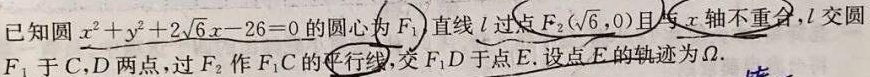
已知圆\(x^{2}+y^{2}+2\sqrt{6}x - 26 = 0\)的圆心为\(F_{1}\)，直线\(l\)过点\(F_{2}(\sqrt{6},0)\)且与\(x\)轴不重合，\(l\)交圆\(F_{1}\)于\(C\)，\(D\)两点，过\(F_{2}\)作\(F_{1}C\)的平行线，交\(F_{1}D\)于点\(E\)。设点\(E\)的轨迹为\(\Omega\)。